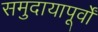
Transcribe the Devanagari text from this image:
समुदायापूर्वों